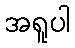
အရူပါ